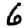
Digit: 6